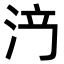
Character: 𣳍